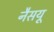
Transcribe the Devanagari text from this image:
नैसयू